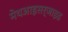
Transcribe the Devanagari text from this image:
मेथआइसर्जाइड